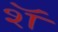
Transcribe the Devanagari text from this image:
शॅ